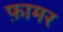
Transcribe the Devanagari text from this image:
फ़ामर